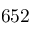
6 5 2